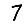
Digit: 7